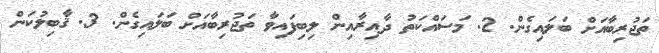
ތަޖުރިބާއަށް ބަލައިގެން. 2. މަސައްކަތު ދާއިރާއިން ލިބިފައިވާ ތަޖުރިބާއަށް ބަލައިގެން. 3. ޤާބިލުކަން